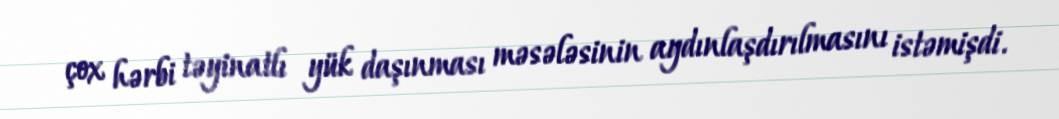
çox hərbi təyinatlı yük daşınması məsələsinin aydınlaşdırılmasını istəmişdi.